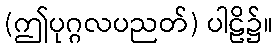
(ဤပုဂ္ဂလပညတ်) ပါဠိ၌။